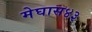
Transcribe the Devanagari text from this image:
मेघास४३